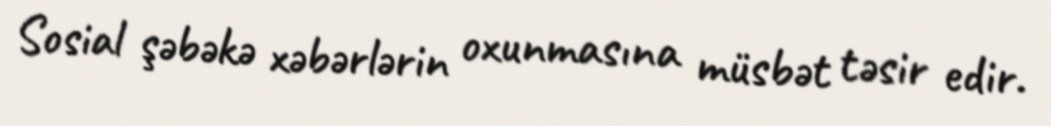
Sosial şəbəkə xəbərlərin oxunmasına müsbət təsir edir.